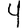
Digit: 4